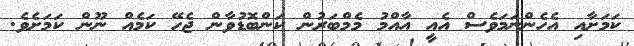
ކަމަށާއި އެހެންނަމަވެސް އެއީ އާއްމު މެމްބަރުން ކަންބޮޑުވާން ޖެހޭ ކަމެއް ނޫން ކަމަށެވެ.